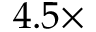
4 . 5 \times